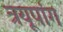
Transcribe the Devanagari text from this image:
त्रयूपांग